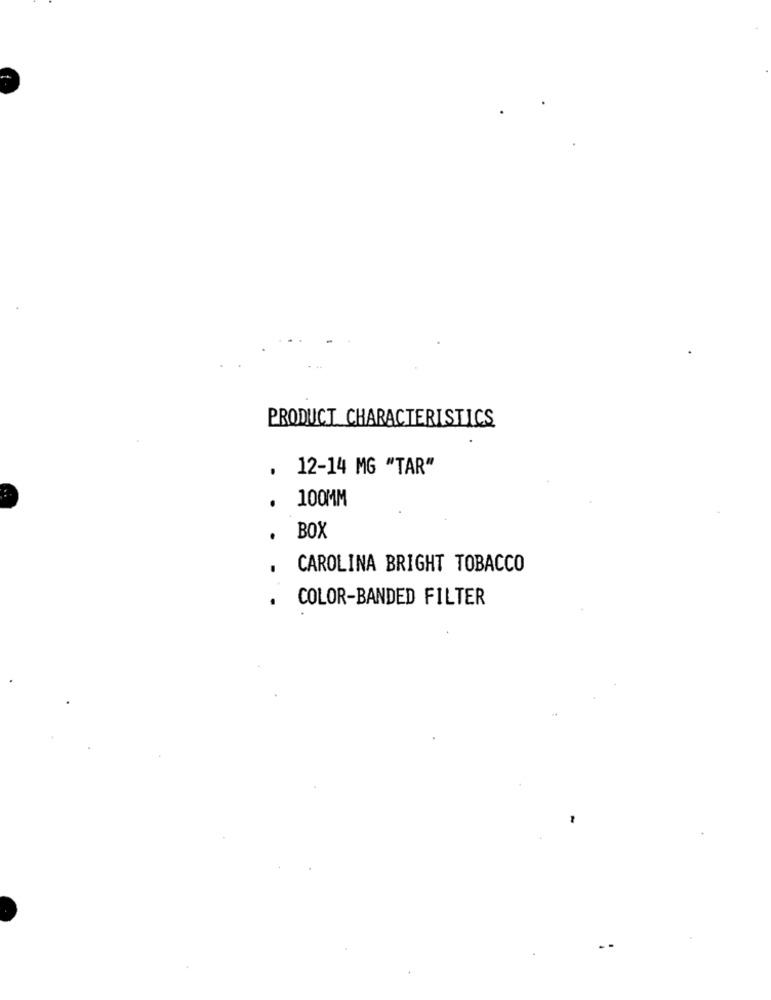
PRODUCT CHARACTERISTICS
.
12-14 MG "TAR"
..
100MM
BOX
CAROLINA BRIGHT TOBACCO
COLOR-BANDED FILTER